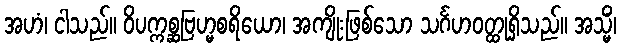
အဟံ၊ ငါသည်။ ဝိပက္ကစ္ဆဗြဟ္မစရိယော၊ အကျိုးဖြစ်သော သင်္ဂဟဝတ္ထုရှိသည်။ အသ္မိံ၊